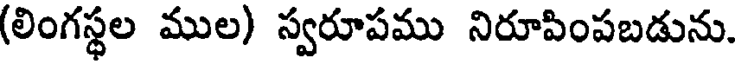
(లింగస్థల ముల) స్వరూపము నిరూపింపబడును.